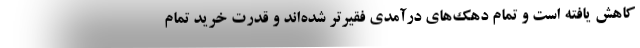
کاهش یافته است و تمام دهک‌های درآمدی فقیرتر شده‌اند و قدرت خرید تمام